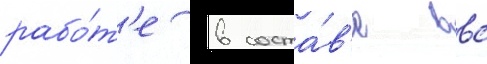
рабо́т'е в соста́в'е ввс